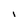
Character: L